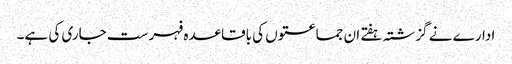
ادارے نے گزشتہ ہفتے ان جماعتوں کی باقاعدہ فہرست جاری کی ہے۔